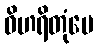
ဝိဟရိတုံပေ